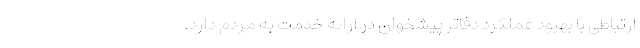
ارتباطی با بهبود عملکرد دفاتر پیشخوان در ارائه خدمت به مردم دارد.